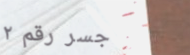
جسر رقم ٢